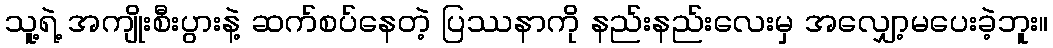
သူ့ရဲ့ အကျိုးစီးပွားနဲ့ ဆက်စပ်နေတဲ့ ပြဿနာကို နည်းနည်းလေးမှ အလျှော့မပေးခဲ့ဘူး။